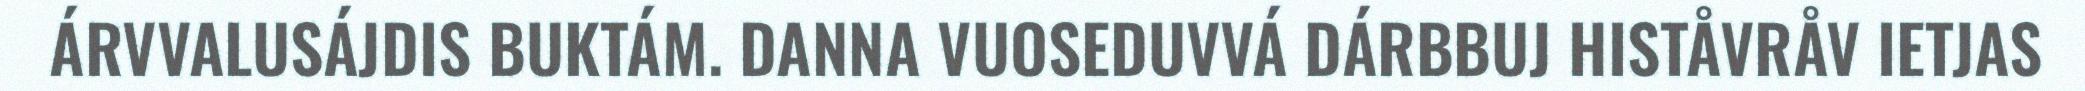
ÁRVVALUSÁJDIS BUKTÁM. DANNA VUOSEDUVVÁ DÁRBBUJ HISTÅVRÅV IETJAS